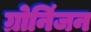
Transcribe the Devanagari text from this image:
ग्रोनिंजन